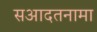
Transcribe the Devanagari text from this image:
सआदतनामा